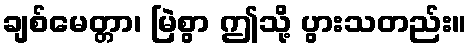
ချစ်မေတ္တာ၊ မြဲစွာ ဤသို့ ပွားသတည်း။